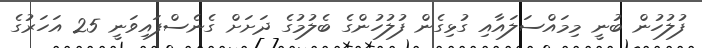
ފުލުހުން ބުނީ މިމައްސަލައާއި ގުޅިގެން ފުލުހުންގެ ބެލުމުގެ ދަށަށް ގެނެސްފައިވަނީ 25 އަހަރުގެ